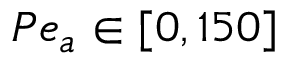
P e _ { a } \in [ 0 , 1 5 0 ]